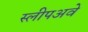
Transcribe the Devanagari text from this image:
स्लीपअवे